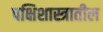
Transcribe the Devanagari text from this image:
पक्षिशास्त्रातील